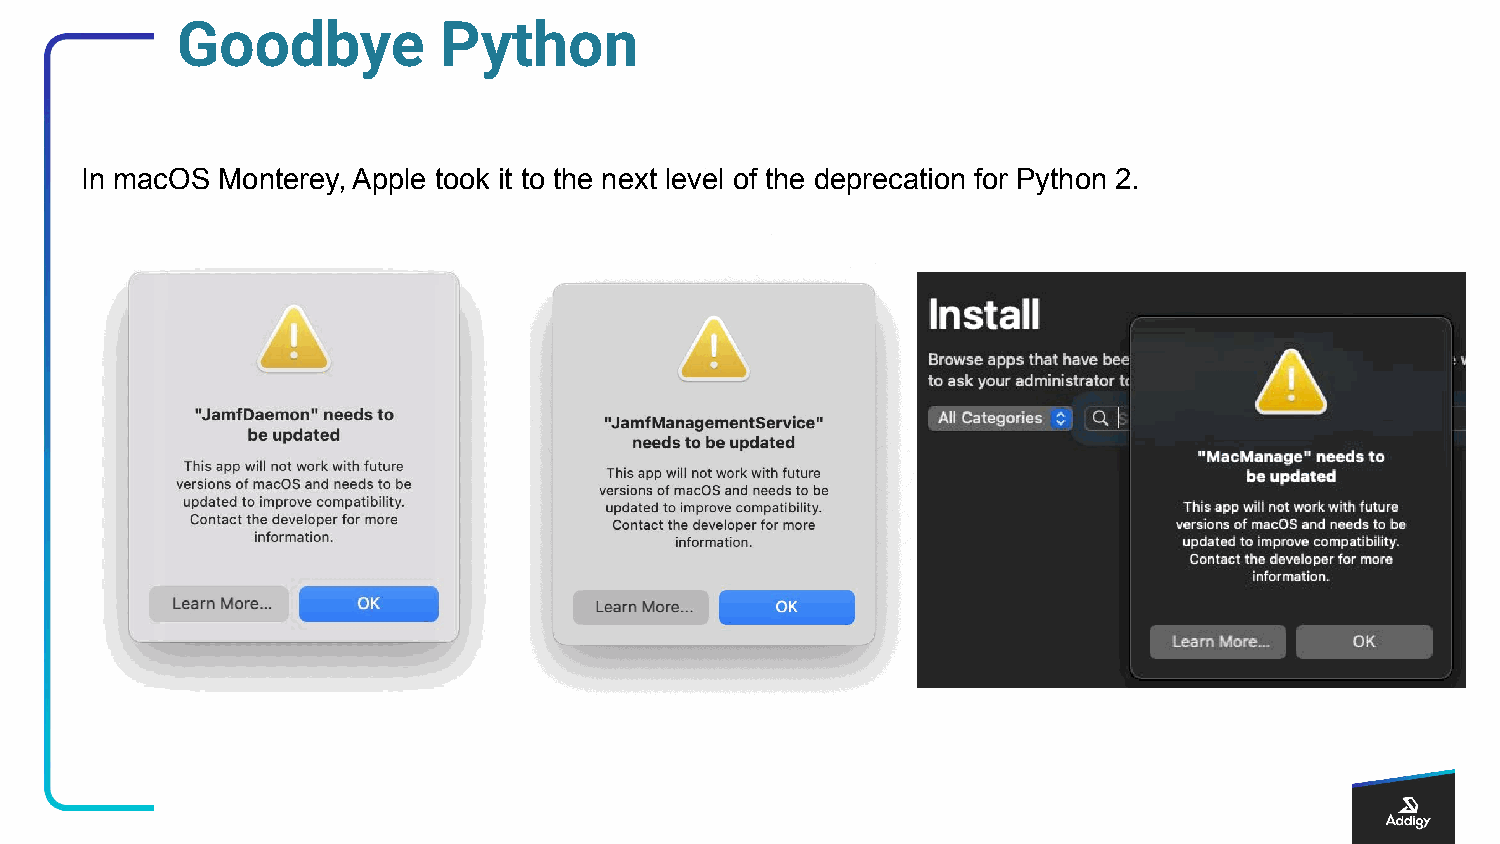
Goodbye          Python
 In macOS Monterey, Apple took it to the next level of the deprecation for Python 2.